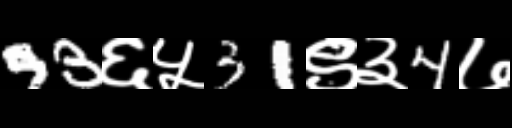
Text: 93६५31९३4७